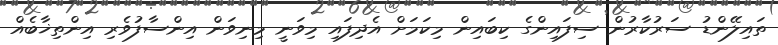
ތައިލޭންޑު ސަރުކާރުން ސިފައިންގެ ކިބައިން މިކަމަށް އެދިފައި މިވަނީ މިނިވަން އިންސާފުވެރި އިންތިޚާބެއް